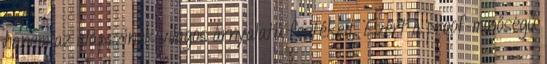
hanem az alapszínek világos árnyalatú festékeit. Ezért a proof-minőségű